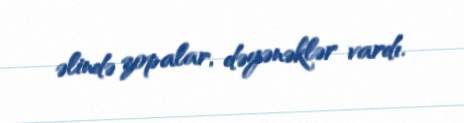
əlində zopalar, dəyənəklər vardı.